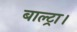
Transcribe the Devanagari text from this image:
बाल्ट्रा।